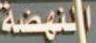
االنهضة